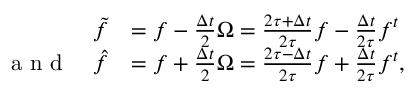
\begin{array} { r l } { \tilde { f } } & { = f - \frac { \Delta t } { 2 } \Omega = \frac { 2 \tau + \Delta t } { 2 \tau } f - \frac { \Delta t } { 2 \tau } f ^ { t } } \\ { \textrm { a n d } \quad \hat { f } } & { = f + \frac { \Delta t } { 2 } \Omega = \frac { 2 \tau - \Delta t } { 2 \tau } f + \frac { \Delta t } { 2 \tau } f ^ { t } , } \end{array}